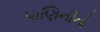
પાણિનીનો